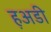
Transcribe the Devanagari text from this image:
ह़अडी